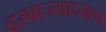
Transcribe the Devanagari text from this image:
दरवाज्याच्याच